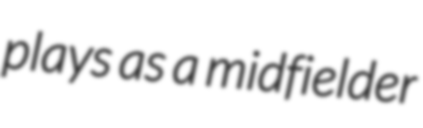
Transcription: plays as a midfielder